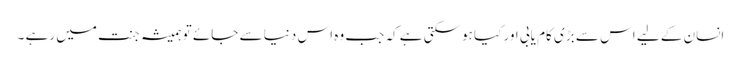
انسان کے لیے اس سے بڑی کام یابی اور کیا ہوسکتی ہے کہ جب وہ اس دنیا سے جائے تو ہمیشہ جنت میں رہے ۔